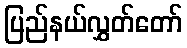
ပြည်နယ်လွှတ်တော်